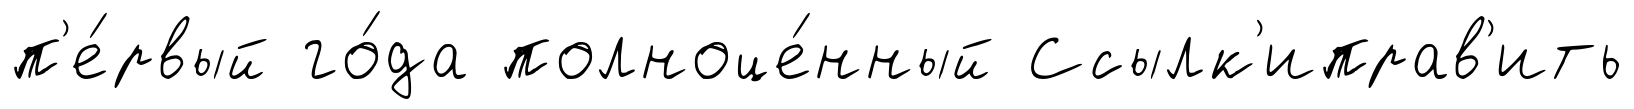
п'е́рвый го́да полноце́нный Ссылк'иправ'ить